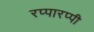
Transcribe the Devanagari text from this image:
रप्पारप्पी